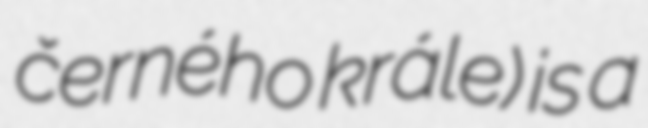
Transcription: černého krále) is a